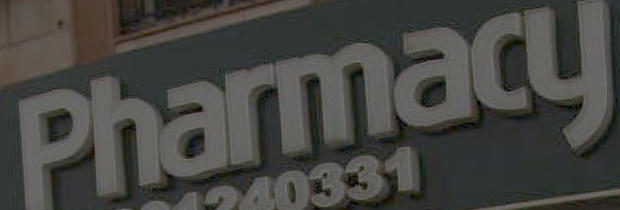
Pharmacy